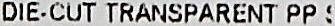
DIE-CUT TRANSPARENT PP S